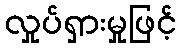
လှုပ်ရှားမှုဖြင့်